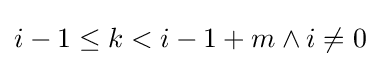
i-1\leq k<i-1+m\land i\neq 0